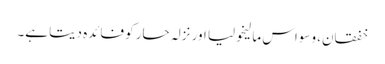
خفقان، وسواس مالیخولیا اور نزلہ حار کو فائدہ دیتا ہے۔